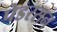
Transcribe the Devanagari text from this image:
पेडरसन